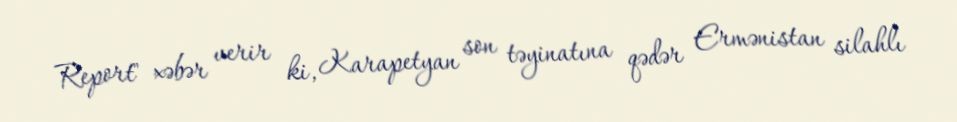
Report" xəbər verir ki, Karapetyan son təyinatına qədər Ermənistan silahlı